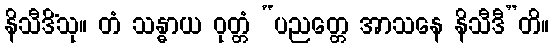
နိသီဒိံသု။ တံ သန္ဓာယ ဝုတ္တံ “ပညတ္တေ အာသနေ နိသီဒီ”တိ။